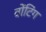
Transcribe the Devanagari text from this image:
वोंटिंग